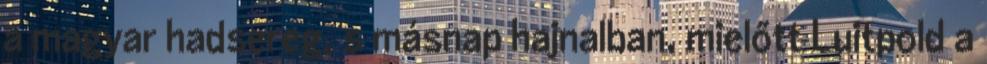
a magyar hadsereg, s másnap hajnalban, mielőtt Luitpold a